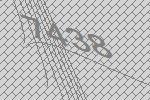
7438